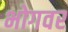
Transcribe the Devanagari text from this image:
भोगवर